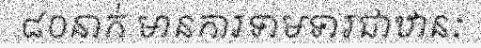
៨០នាក់ មានការទាមទារជាឋានៈ